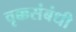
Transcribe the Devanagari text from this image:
वृक्कसंबंधी